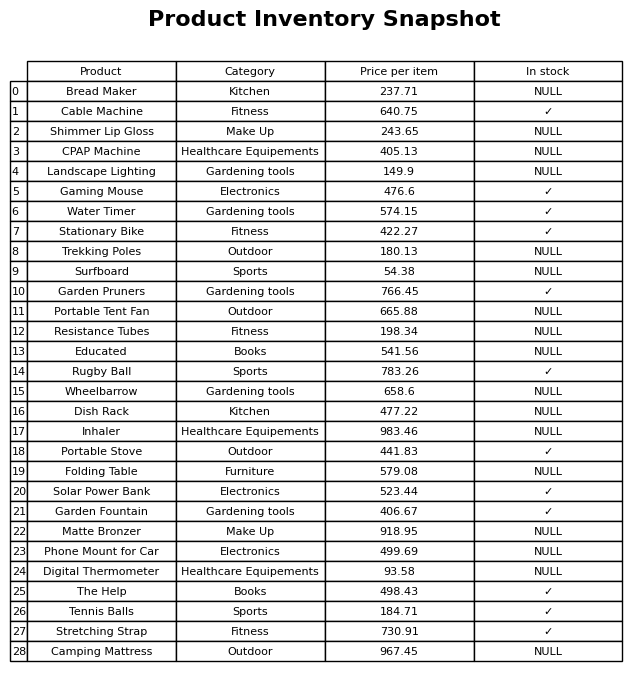
question: Is the Gaming Mouse in stock?
answer: ✓